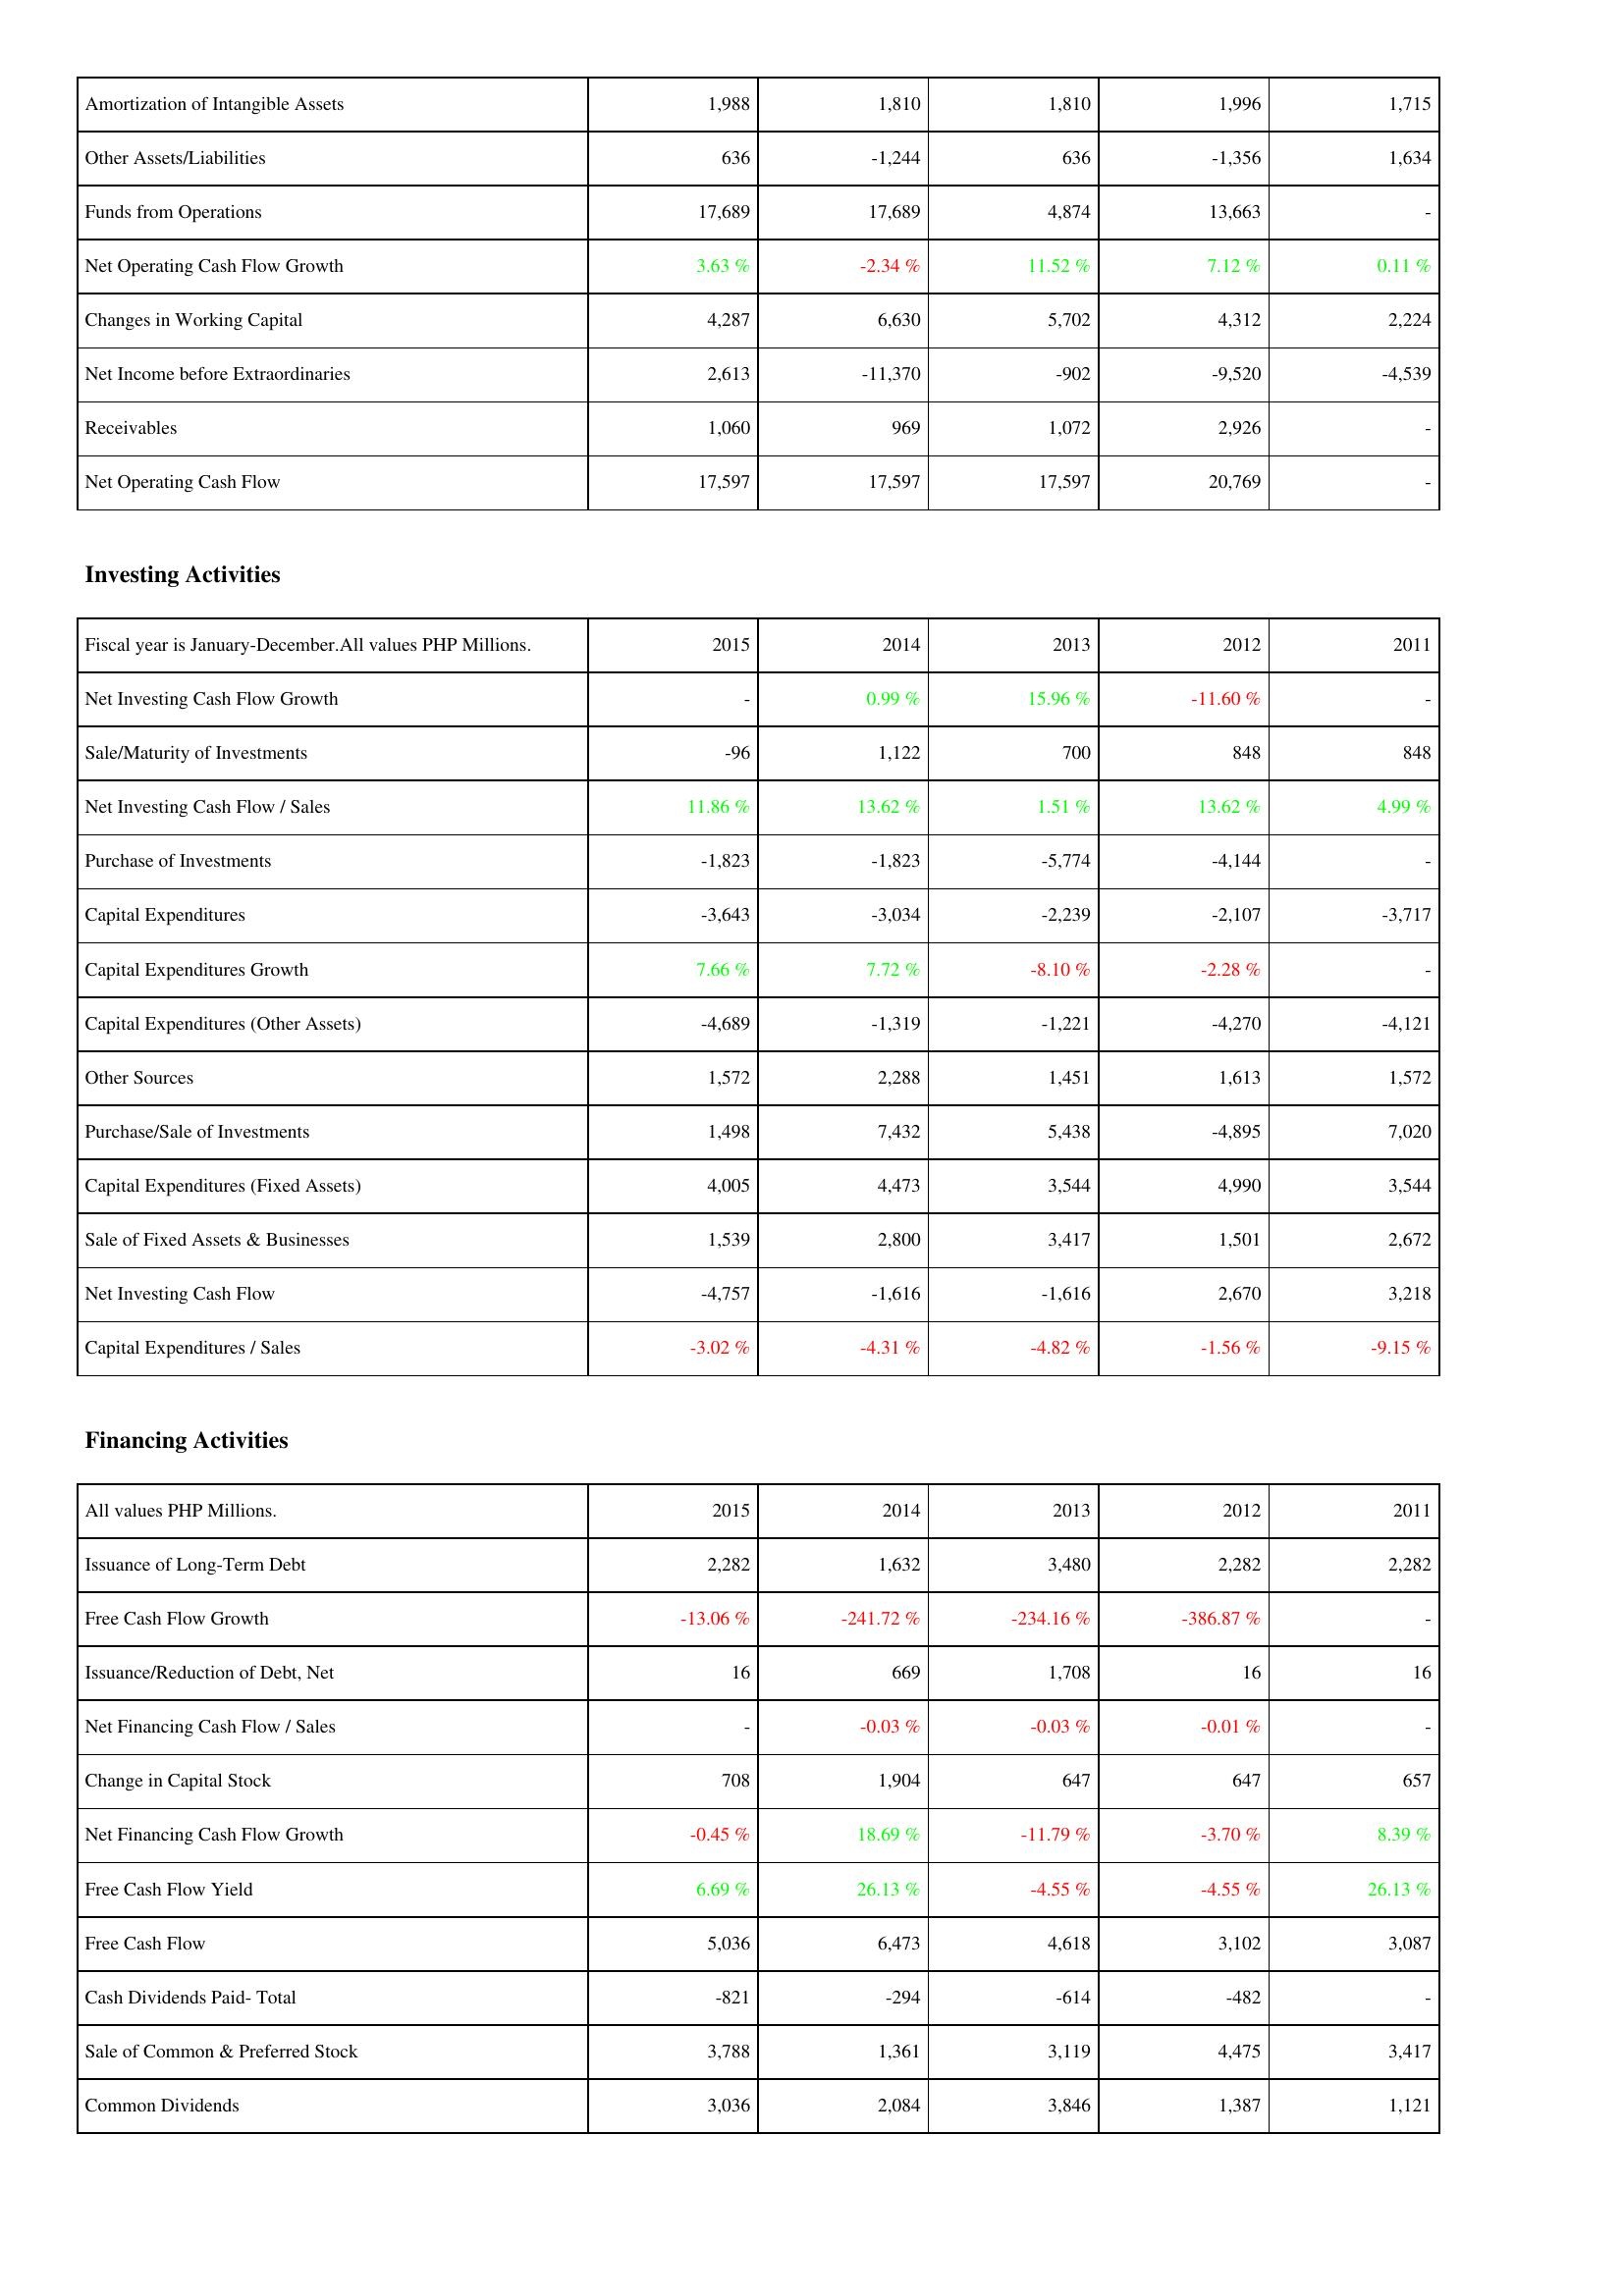
2015: Operating Activities: Amortization of Intangible Assets: 1,988
Other Assets/Liabilities: 636
Funds from Operations: 17,689
Net Operating Cash Flow Growth: 3.63 %
Changes in Working Capital: 4,287
Net Income before Extraordinaries: 2,613
Receivables: 1,060
Net Operating Cash Flow: 17,597
Investing Activities: Net Investing Cash Flow Growth: -
Sale/Maturity of Investments: -96
Net Investing Cash Flow / Sales: 11.86 %
Purchase of Investments: -1,823
Capital Expenditures: -3,643
Capital Expenditures Growth: 7.66 %
Capital Expenditures (Other Assets): -4,689
Other Sources: 1,572
Purchase/Sale of Investments: 1,498
Capital Expenditures (Fixed Assets): 4,005
Sale of Fixed Assets & Businesses: 1,539
Net Investing Cash Flow: -4,757
Capital Expenditures / Sales: -3.02 %
Financing Activities: Issuance of Long-Term Debt: 2,282
Free Cash Flow Growth: -13.06 %
Issuance/Reduction of Debt, Net: 16
Net Financing Cash Flow / Sales: -
Change in Capital Stock: 708
Net Financing Cash Flow Growth: -0.45 %
Free Cash Flow Yield: 6.69 %
Free Cash Flow: 5,036
Cash Dividends Paid- Total: -821
Sale of Common & Preferred Stock: 3,788
Common Dividends: 3,036
2014: Operating Activities: Amortization of Intangible Assets: 1,810
Other Assets/Liabilities: -1,244
Funds from Operations: 17,689
Net Operating Cash Flow Growth: -2.34 %
Changes in Working Capital: 6,630
Net Income before Extraordinaries: -11,370
Receivables: 969
Net Operating Cash Flow: 17,597
Investing Activities: Net Investing Cash Flow Growth: 0.99 %
Sale/Maturity of Investments: 1,122
Net Investing Cash Flow / Sales: 13.62 %
Purchase of Investments: -1,823
Capital Expenditures: -3,034
Capital Expenditures Growth: 7.72 %
Capital Expenditures (Other Assets): -1,319
Other Sources: 2,288
Purchase/Sale of Investments: 7,432
Capital Expenditures (Fixed Assets): 4,473
Sale of Fixed Assets & Businesses: 2,800
Net Investing Cash Flow: -1,616
Capital Expenditures / Sales: -4.31 %
Financing Activities: Issuance of Long-Term Debt: 1,632
Free Cash Flow Growth: -241.72 %
Issuance/Reduction of Debt, Net: 669
Net Financing Cash Flow / Sales: -0.03 %
Change in Capital Stock: 1,904
Net Financing Cash Flow Growth: 18.69 %
Free Cash Flow Yield: 26.13 %
Free Cash Flow: 6,473
Cash Dividends Paid- Total: -294
Sale of Common & Preferred Stock: 1,361
Common Dividends: 2,084
2013: Operating Activities: Amortization of Intangible Assets: 1,810
Other Assets/Liabilities: 636
Funds from Operations: 4,874
Net Operating Cash Flow Growth: 11.52 %
Changes in Working Capital: 5,702
Net Income before Extraordinaries: -902
Receivables: 1,072
Net Operating Cash Flow: 17,597
Investing Activities: Net Investing Cash Flow Growth: 15.96 %
Sale/Maturity of Investments: 700
Net Investing Cash Flow / Sales: 1.51 %
Purchase of Investments: -5,774
Capital Expenditures: -2,239
Capital Expenditures Growth: -8.10 %
Capital Expenditures (Other Assets): -1,221
Other Sources: 1,451
Purchase/Sale of Investments: 5,438
Capital Expenditures (Fixed Assets): 3,544
Sale of Fixed Assets & Businesses: 3,417
Net Investing Cash Flow: -1,616
Capital Expenditures / Sales: -4.82 %
Financing Activities: Issuance of Long-Term Debt: 3,480
Free Cash Flow Growth: -234.16 %
Issuance/Reduction of Debt, Net: 1,708
Net Financing Cash Flow / Sales: -0.03 %
Change in Capital Stock: 647
Net Financing Cash Flow Growth: -11.79 %
Free Cash Flow Yield: -4.55 %
Free Cash Flow: 4,618
Cash Dividends Paid- Total: -614
Sale of Common & Preferred Stock: 3,119
Common Dividends: 3,846
2012: Operating Activities: Amortization of Intangible Assets: 1,996
Other Assets/Liabilities: -1,356
Funds from Operations: 13,663
Net Operating Cash Flow Growth: 7.12 %
Changes in Working Capital: 4,312
Net Income before Extraordinaries: -9,520
Receivables: 2,926
Net Operating Cash Flow: 20,769
Investing Activities: Net Investing Cash Flow Growth: -11.60 %
Sale/Maturity of Investments: 848
Net Investing Cash Flow / Sales: 13.62 %
Purchase of Investments: -4,144
Capital Expenditures: -2,107
Capital Expenditures Growth: -2.28 %
Capital Expenditures (Other Assets): -4,270
Other Sources: 1,613
Purchase/Sale of Investments: -4,895
Capital Expenditures (Fixed Assets): 4,990
Sale of Fixed Assets & Businesses: 1,501
Net Investing Cash Flow: 2,670
Capital Expenditures / Sales: -1.56 %
Financing Activities: Issuance of Long-Term Debt: 2,282
Free Cash Flow Growth: -386.87 %
Issuance/Reduction of Debt, Net: 16
Net Financing Cash Flow / Sales: -0.01 %
Change in Capital Stock: 647
Net Financing Cash Flow Growth: -3.70 %
Free Cash Flow Yield: -4.55 %
Free Cash Flow: 3,102
Cash Dividends Paid- Total: -482
Sale of Common & Preferred Stock: 4,475
Common Dividends: 1,387
2011: Operating Activities: Amortization of Intangible Assets: 1,715
Other Assets/Liabilities: 1,634
Funds from Operations: -
Net Operating Cash Flow Growth: 0.11 %
Changes in Working Capital: 2,224
Net Income before Extraordinaries: -4,539
Receivables: -
Net Operating Cash Flow: -
Investing Activities: Net Investing Cash Flow Growth: -
Sale/Maturity of Investments: 848
Net Investing Cash Flow / Sales: 4.99 %
Purchase of Investments: -
Capital Expenditures: -3,717
Capital Expenditures Growth: -
Capital Expenditures (Other Assets): -4,121
Other Sources: 1,572
Purchase/Sale of Investments: 7,020
Capital Expenditures (Fixed Assets): 3,544
Sale of Fixed Assets & Businesses: 2,672
Net Investing Cash Flow: 3,218
Capital Expenditures / Sales: -9.15 %
Financing Activities: Issuance of Long-Term Debt: 2,282
Free Cash Flow Growth: -
Issuance/Reduction of Debt, Net: 16
Net Financing Cash Flow / Sales: -
Change in Capital Stock: 657
Net Financing Cash Flow Growth: 8.39 %
Free Cash Flow Yield: 26.13 %
Free Cash Flow: 3,087
Cash Dividends Paid- Total: -
Sale of Common & Preferred Stock: 3,417
Common Dividends: 1,121